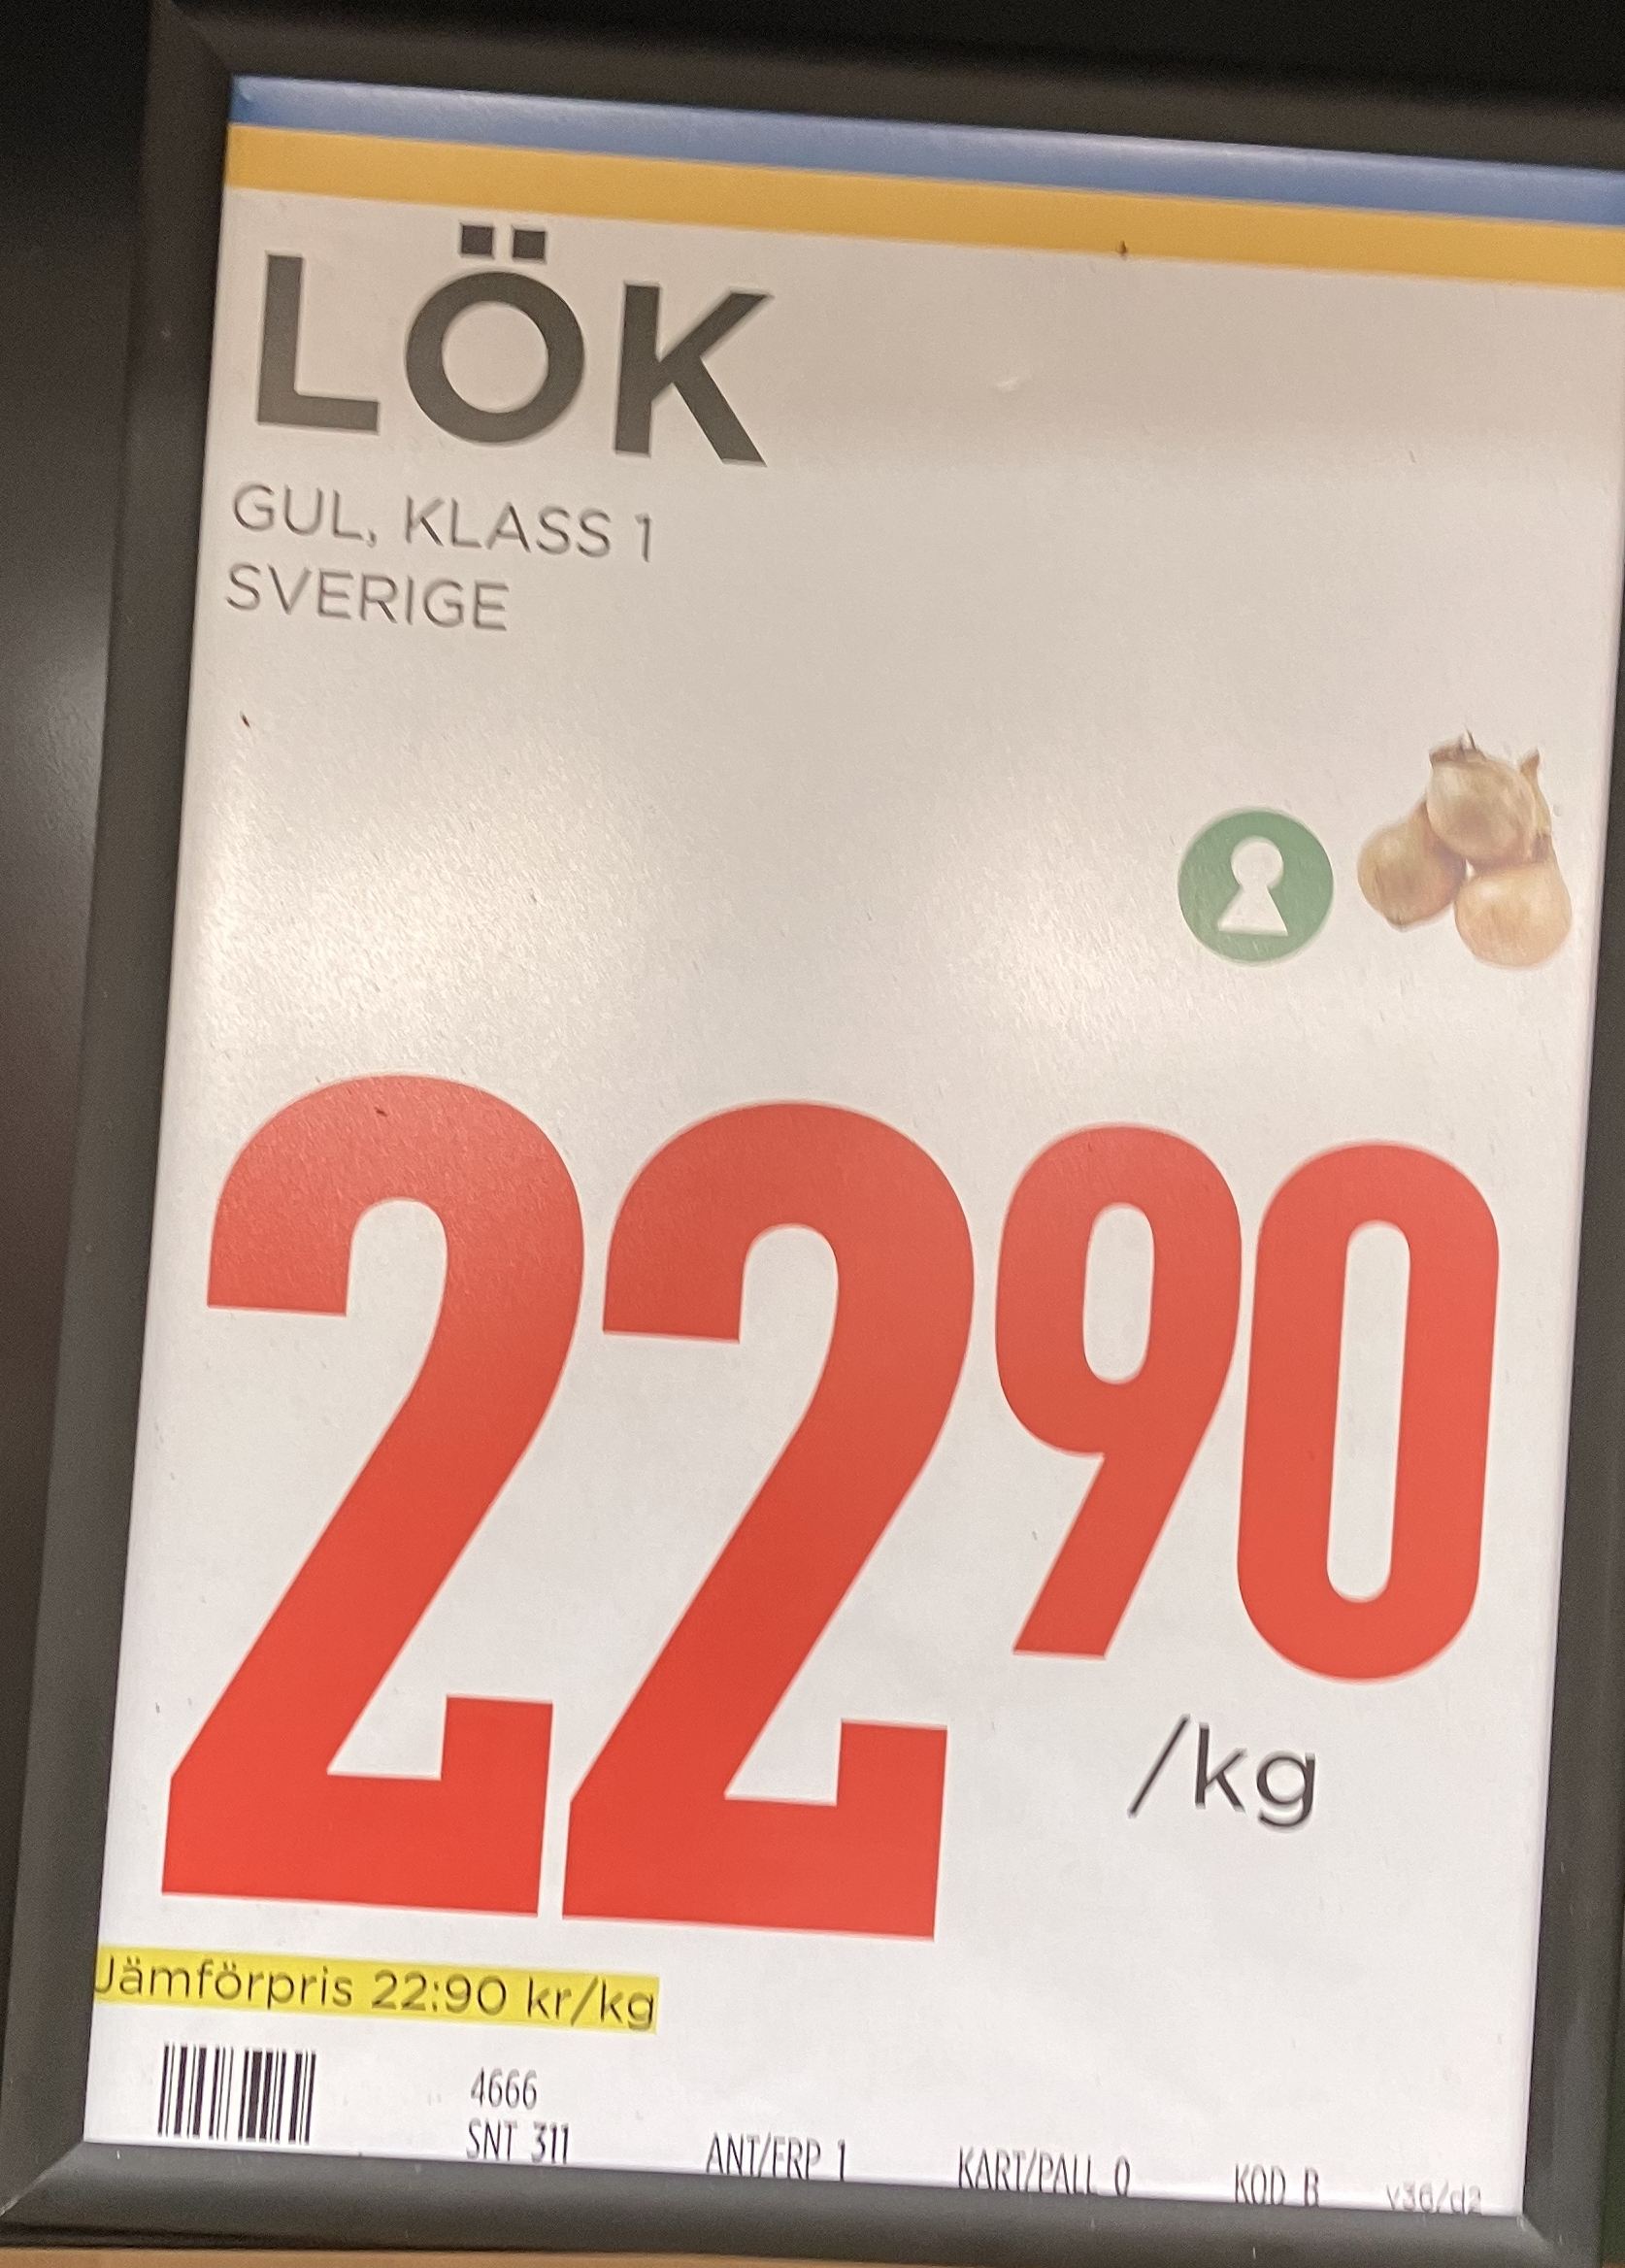
Vara: lök
Genomsnittspris: 22.9 per kg